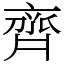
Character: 齊